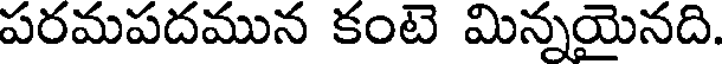
పరమపదమున కంటె మిన్నయైనది.